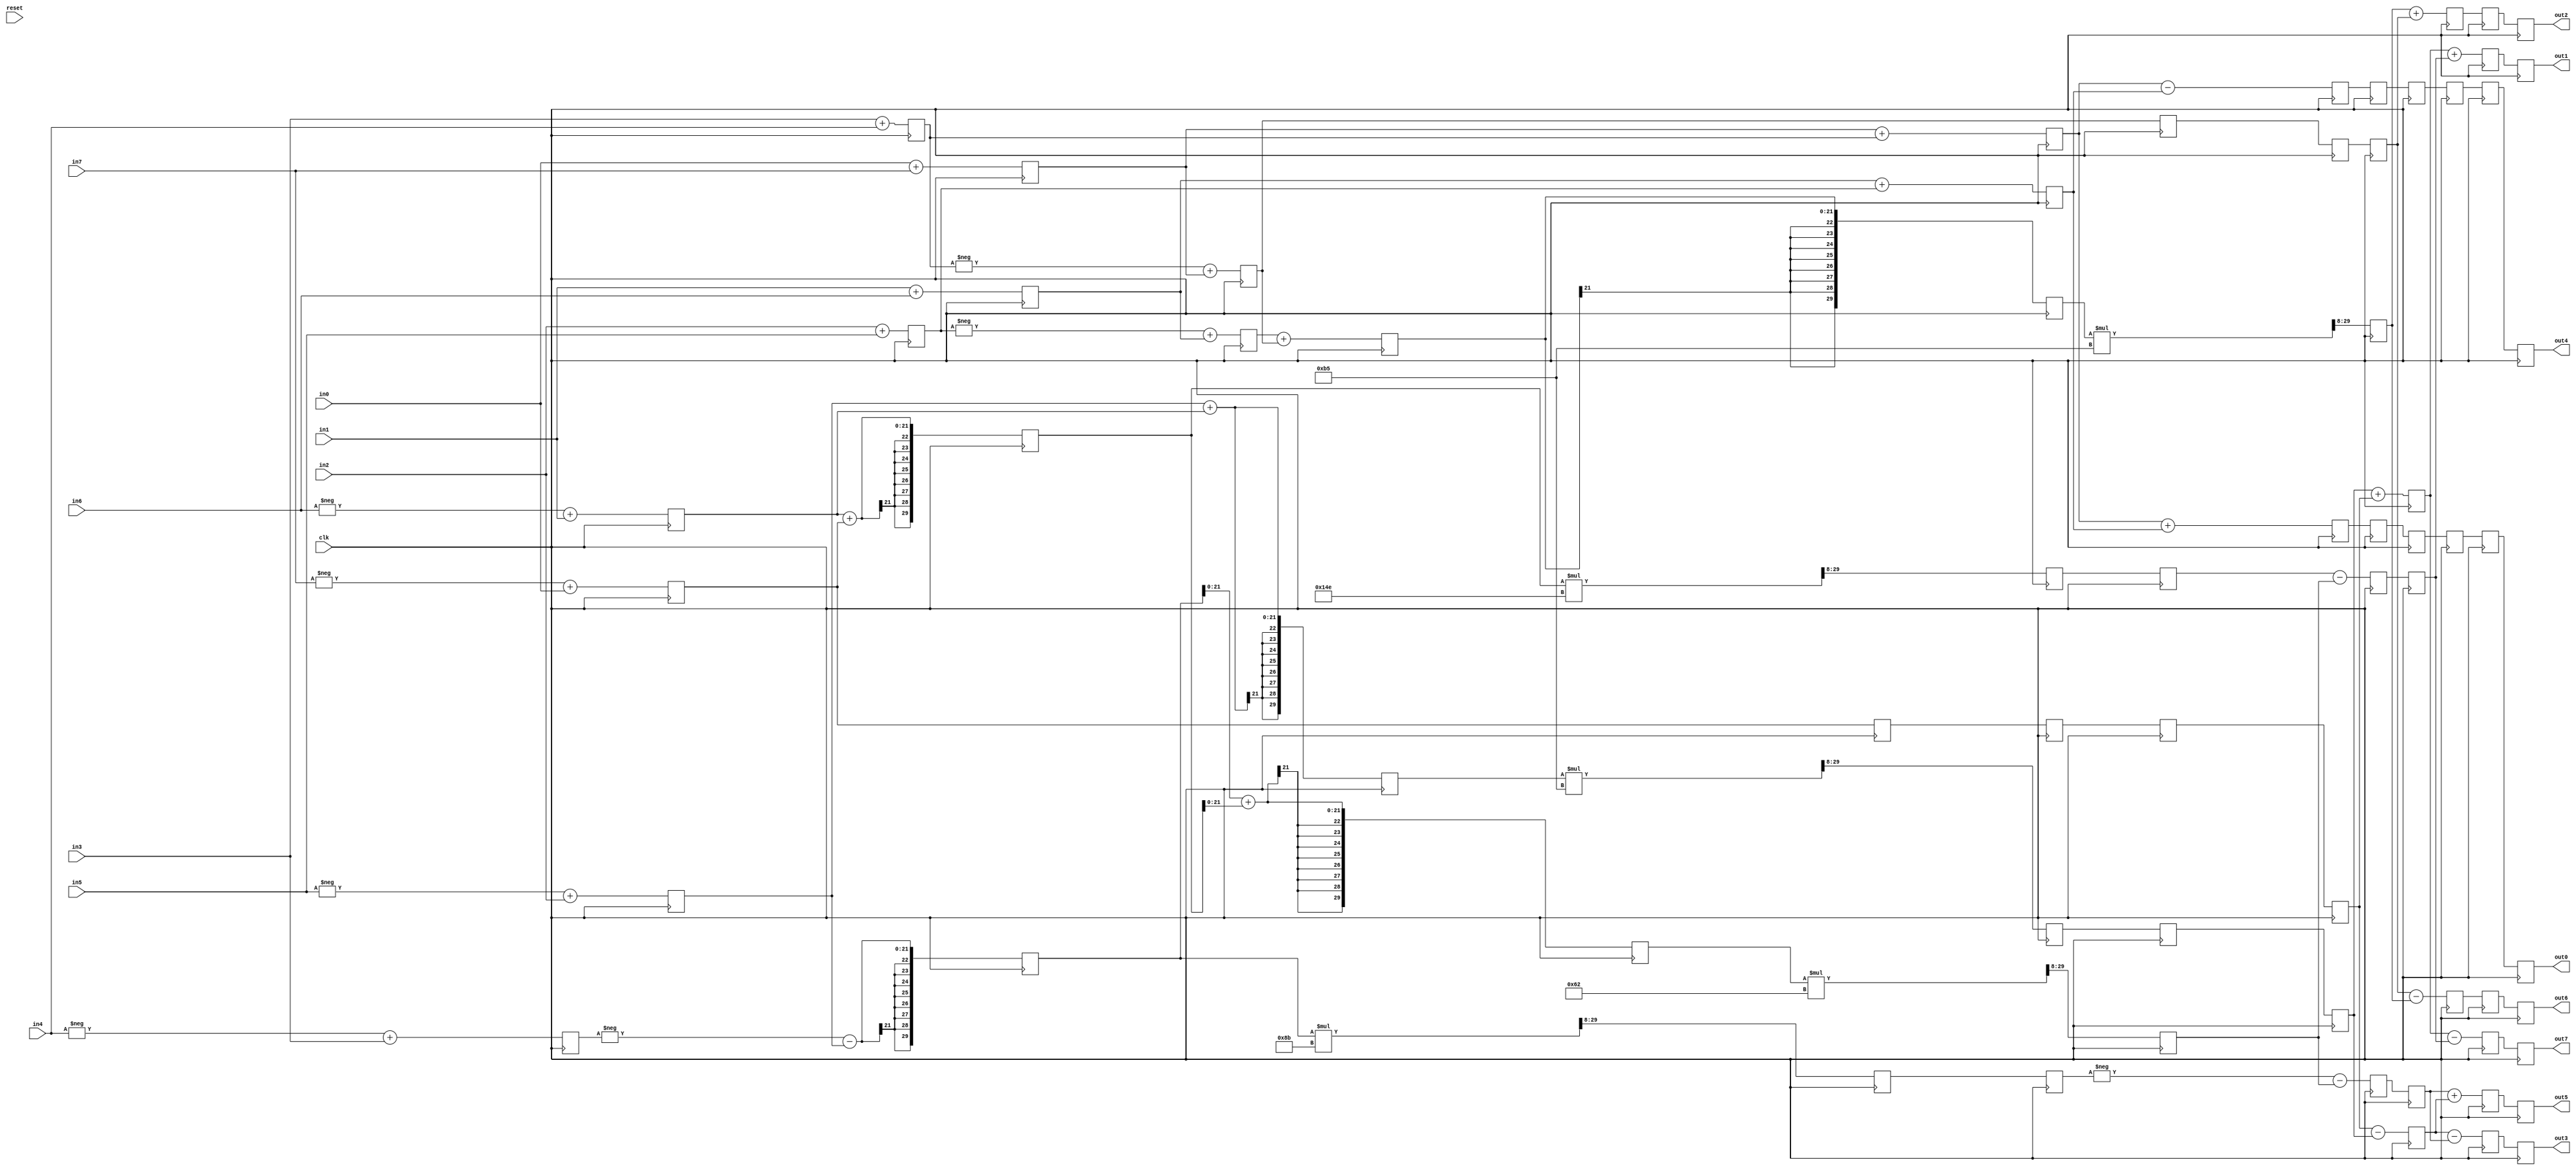
module dct_algorithm(clk, reset, in0, in1, in2, in3, in4, in5, in6, in7,
                     out0, out1, out2, out3, out4, out5, out6, out7);
                
   parameter A1 = 30'hb5; // cos(4*pi/16)
   parameter A2 = 30'h8b; // cos(2*pi/16) - cos(6*pi/16)
   parameter A4 = 30'h14e; // cos(2*pi/16) + cos(6*pi/16)
   parameter A5 = 30'h62; // cos(6*pi/16)

   input clk, reset;
   input signed [21:0] in0, in1, in2, in3, in4, in5, in6, in7; // fixed point inputs (8 bit fraction)
   output reg signed [21:0] out0, out1, out2, out3, out4, out5, out6, out7; // fixed point outputs
   
   // intermediate math operations
   wire signed [21:0] a0, a1, a2, a3, a4, a5, a6, a7,
      b0, b1, b2, b3, b4, b5, b6, b7, 
      c0, c1, c2, c3, c4, c5, c6, c7, c8, 
      d0, d1, d2, d3, d4, d5, d6, d7, d8,
      e0, e1, e2, e3, e4, e5, e6, e7,
      f0, f1, f2, f3, f4, f5, f6, f7,
      g0, g1, g2, g3, g4, g5, g6, g7;
   
   // pipelined registers
   reg signed [21:0] areg0, areg1, areg2, areg3, areg4, areg5, areg6, areg7,
      breg0, breg1, breg2, breg3, /*breg4, breg5, breg6,*/ breg7, 
      creg0, creg1, creg2, creg3, creg4, creg5, creg6, creg7, //creg8,
      dreg0, dreg1, /*dreg2,*/ dreg3, dreg4, dreg5, dreg6, dreg7, dreg8,
      ereg0, ereg1, ereg2, ereg3, ereg4, ereg5, ereg6, ereg7, 
      freg0, freg1, freg2, freg3, freg4, freg5, freg6, freg7,
      greg0, greg1, greg2, greg3, greg4, greg5, greg6, greg7;
   reg signed [29:0] breg4, breg5, breg6, creg8, dreg2; // these registers are extended because they will be used in a multiply
   
   // performs the steps of the algorithm
   assign a0=in0+in7;
   assign a1=in1+in6;
   assign a2=in2+in5;
   assign a3=in3+in4;
   assign a4=-in4+in3;
   assign a5=-in5+in2;
   assign a6=-in6+in1;
   assign a7=-in7+in0;

   assign b0=areg0+areg3;
   assign b1=areg1+areg2;
   assign b2=-areg2+areg1;
   assign b3=-areg3+areg0;
   assign b4=-areg4-areg5;
   assign b5=areg5+areg6;
   assign b6=areg6+areg7;
   assign b7=areg7;

   assign c0=breg0+breg1;
   assign c1=breg0-breg1;
   assign c2=breg2+breg3;
   assign c3=breg3;
   assign c4=(breg4*A2)>>8;
   assign c5=(breg5*A1)>>8;
   assign c6=(breg6*A4)>>8;
   /*assign c4=((breg4<<7)+(breg4<<3)+(breg4<<1)+(breg4))>>8;
   assign c5=((breg5<<7)+(breg5<<5)+(breg5<<4)+(breg5<<2)+(breg5))>>8;
   assign c6=((breg6<<8)+(breg6<<6)+(breg6<<3)+(breg6<<2)+(breg4<<1))>>8;*/
   assign c7=breg7;
   assign c8=breg4+breg6;

   assign d0=creg0;
   assign d1=creg1;
   assign d2=creg2;
   assign d3=creg3;
   assign d4=creg4;
   assign d5=creg5;
   assign d6=creg6;
   assign d7=creg7;
   assign d8=(creg8*A5)>>8;
   //assign d8=((creg8<<6)+(creg8<<5)+(creg8<<1))>>8;

   assign e0=dreg0;
   assign e1=dreg1;
   assign e2=(dreg2*A1)>>8;
   //assign e2=((dreg2<<7)+(dreg2<<5)+(dreg2<<4)+(dreg2<<2)+(dreg2))>>8;
   assign e3=dreg3;
   assign e4=-dreg4-dreg8;
   assign e5=dreg5;
   assign e6=dreg6-dreg8;
   assign e7=dreg7;

   assign f0=ereg0;
   assign f1=ereg1;
   assign f2=ereg2+ereg3;
   assign f3=ereg3-ereg2;
   assign f4=ereg4;
   assign f5=ereg5+ereg7;
   assign f6=ereg6;
   assign f7=ereg7-ereg5;
   
   assign g0=freg0;
   assign g4=freg1;
   assign g2=freg2;
   assign g6=freg3;
   assign g5=freg4+freg7;
   assign g1=freg5+freg6;
   assign g7=freg5-freg6;
   assign g3=freg7-freg4;

   // POSSIBLE PROBLEM: SHOULD BE CLOCKED ON THE POSITIVE EDGE, OTHERWISE TIMING IS VERY CONSTRAINED (found after demo of project, so it was never tested)
   always @(negedge clk) begin
      // latch the pipeline registers
      areg0 <= a0; areg1 <= a1; areg2 <= a2; areg3 <= a3; areg4 <= a4; areg5 <= a5; areg6 <= a6; areg7 <= a7; 
      breg0 <= b0; breg1 <= b1; breg2 <= b2; breg3 <= b3; breg4 <= {{8{b4[21]}},b4}; breg5 <= {{8{b5[21]}},b5}; breg6 <= {{8{b6[21]}},b6}; breg7 <= b7; 
      creg0 <= c0; creg1 <= c1; creg2 <= c2; creg3 <= c3; creg4 <= c4; creg5 <= c5; creg6 <= c6; creg7 <= c7; creg8 <= {{8{c8[21]}},c8};
      dreg0 <= d0; dreg1 <= d1; dreg2 <= {{8{d2[21]}},d2}; dreg3 <= d3; dreg4 <= d4; dreg5 <= d5; dreg6 <= d6; dreg7 <= d7; dreg8 <= d8;
      //breg0 <= b0; breg1 <= b1; breg2 <= b2; breg3 <= b3; breg4 <= b4; breg5 <= b5; breg6 <= b6; breg7 <= b7; 
      //creg0 <= c0; creg1 <= c1; creg2 <= c2; creg3 <= c3; creg4 <= c4; creg5 <= c5; creg6 <= c6; creg7 <= c7; creg8 <= c8;
      //dreg0 <= d0; dreg1 <= d1; dreg2 <= d2; dreg3 <= d3; dreg4 <= d4; dreg5 <= d5; dreg6 <= d6; dreg7 <= d7; dreg8 <= d8;
      ereg0 <= e0; ereg1 <= e1; ereg2 <= e2; ereg3 <= e3; ereg4 <= e4; ereg5 <= e5; ereg6 <= e6; ereg7 <= e7; 
      freg0 <= f0; freg1 <= f1; freg2 <= f2; freg3 <= f3; freg4 <= f4; freg5 <= f5; freg6 <= f6; freg7 <= f7; 
      greg0 <= g0; greg1 <= g1; greg2 <= g2; greg3 <= g3; greg4 <= g4; greg5 <= g5; greg6 <= g6; greg7 <= g7; 
      
      // the algorithm is extended to 8 cycles to allow for ease of timing when runnning DCTs on two blocks at a time
      out0 <= greg0; out1 <= greg1; out2 <= greg2; out3 <= greg3; out4 <= greg4; out5 <= greg5; out6 <= greg6; out7 <= greg7;  
   end

endmodule